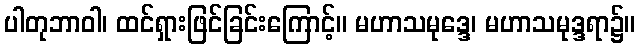
ပါတုဘာဝါ၊ ထင်ရှားဖြင်ခြင်းကြောင့်။ မဟာသမုဒ္ဒေ၊ မဟာသမုဒ္ဒရာ၌။